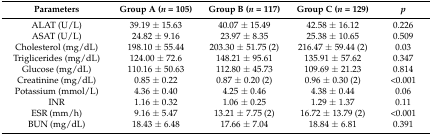
<table><thead><tr><td><b>Parameters</b></td><td><b>Group A (<i>n</i> = 105)</b></td><td><b>Group B (<i>n</i> = 117)</b></td><td><b>Group C (<i>n</i> = 129)</b></td><td><b><i>p</i></b></td></tr></thead><tbody><tr><td>ALAT (U/L)</td><td>39.19 ± 15.63</td><td>40.07 ± 15.49</td><td>42.58 ± 16.12</td><td>0.226</td></tr><tr><td>ASAT (U/L)</td><td>24.82 ± 9.16</td><td>23.97 ± 8.35</td><td>25.38 ± 10.65</td><td>0.509</td></tr><tr><td>Cholesterol (mg/dL)</td><td>198.10 ± 55.44</td><td>203.30 ± 51.75 (2)</td><td>216.47 ± 59.44 (2)</td><td>0.03</td></tr><tr><td>Triglicerides (mg/dL)</td><td>124.00 ± 72.6</td><td>148.21 ± 95.61</td><td>135.91 ± 57.62</td><td>0.347</td></tr><tr><td>Glucose (mg/dL)</td><td>110.16 ± 50.63</td><td>112.80 ± 45.73</td><td>109.69 ± 21.23</td><td>0.814</td></tr><tr><td>Creatinine (mg/dL)</td><td>0.85 ± 0.22</td><td>0.87 ± 0.20 (2)</td><td>0.96 ± 0.30 (2)</td><td>&lt;0.001</td></tr><tr><td>Potassium (mmol/L)</td><td>4.36 ± 0.40</td><td>4.25 ± 0.46</td><td>4.38 ± 0.44</td><td>0.06</td></tr><tr><td>INR</td><td>1.16 ± 0.32</td><td>1.06 ± 0.25</td><td>1.29 ± 1.37</td><td>0.11</td></tr><tr><td>ESR (mm/h)</td><td>9.16 ± 5.47</td><td>13.21 ± 7.75 (2)</td><td>16.72 ± 13.79 (2)</td><td>&lt;0.001</td></tr><tr><td>BUN (mg/dL)</td><td>18.43 ± 6.48</td><td>17.66 ± 7.04</td><td>18.84 ± 6.81</td><td>0.391</td></tr></tbody></table>